Source: Handwritten
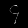
Digit: ၄ (4)